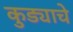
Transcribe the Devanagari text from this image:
कुड्याचे